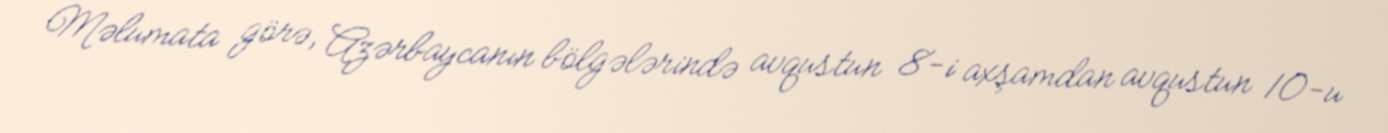
Məlumata görə, Azərbaycanın bölgələrində avqustun 8-i axşamdan avqustun 10-u